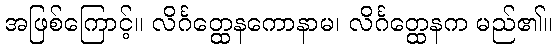
အဖြစ်ကြောင့်။ လိင်္ဂတ္ထေနကောနာမ၊ လိင်္ဂတ္ထေနက မည်၏။